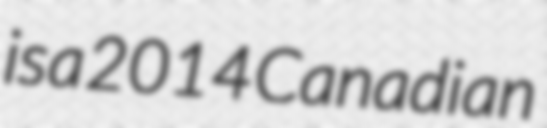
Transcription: is a 2014 Canadian